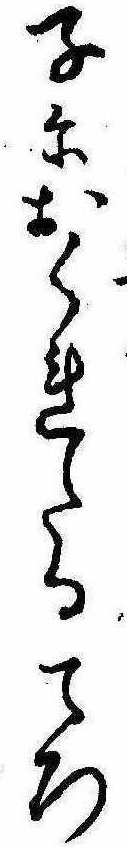
子におくれたるころ